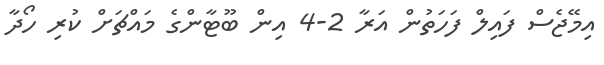
އިމޭޖެސް ފައިލް ފަހަތުން އަރާ 2-4 އިން ބޫޓާންގެ މައްޗަށް ކުރި ހޯދާ